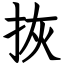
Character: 拻